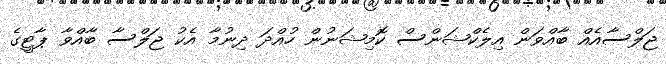
ޖަލްސާއެއް ބާއްވަން އިލެކްޝަންސް ކޮމިޝަނުން ހުއްދަ ދިނުމާ އެކު ޖަލްސާ ބާއްވާ ޕާޓީގެ